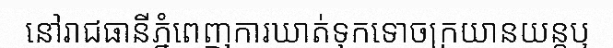
នៅរាជធានីភ្នំពេញការឃាត់ទុកទោចក្រយានយន្តឬ